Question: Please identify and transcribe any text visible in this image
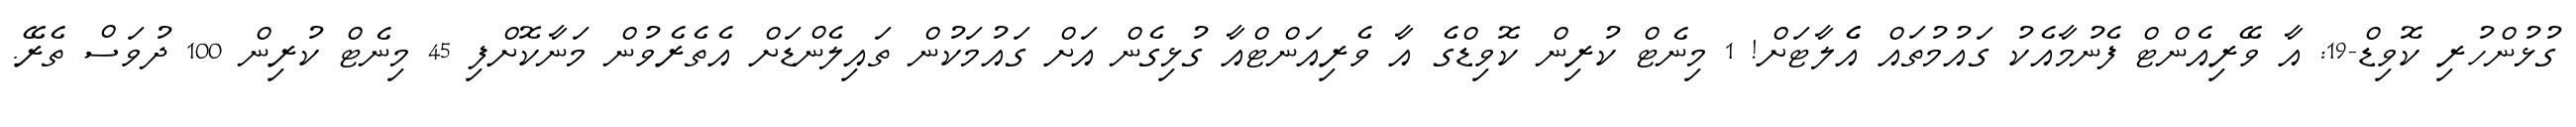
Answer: ގުޅުންހުރި ކޮވިޑް-19: އާ ވޭރިއެންޓް ފެނުމާއެކު ގައުމުތައް އެެލާޓަށް! 1 މިނެޓް ކުރިން ކޮވިޑްގެ އާ ވެރިއަންޓްއާ ގުޅިގެން އަށް ގައުމަކުން ތައިލެންޑަށް އެތެރެވުން މަނާކޮށްފި 45 މިނެޓް ކުރިން 100 ދުވަސް ތެރޭ.